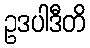
ဥဒပါဒီတိ